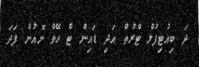
ދަ ބިއުޓިފުލް ޓްރުތް އަދި ޑައިން ޓް ހޭވް ނޮއުން ފަދަ